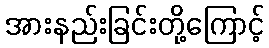
အားနည်းခြင်းတို့ကြောင့်